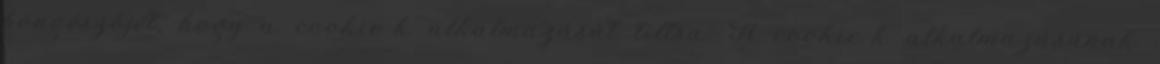
böngészőjét, hogy a cookie-k alkalmazását tiltsa. A cookie-k alkalmazásának